Civil Veterinary Department. Madras. Admin. report 1910-25 - 1910-1925
Year: 1910
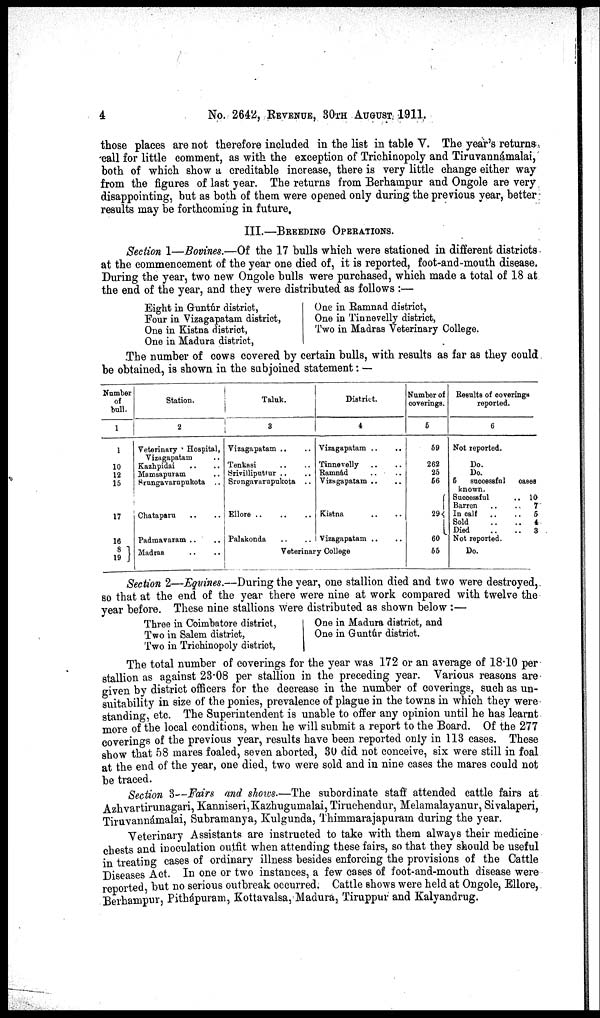
4
No. 2642, REVENUE, 30TH AUGUST 1911.
those places are not therefore included in the list in table V. The year's returns
call for little comment, as with the exception of Trichinopoly and Tiruvannámalai,
both of which show a creditable increase, there is very little change either way
from the figures of last year. The returns from Berhampur and Ongole are very
disappointing, but as both of them were opened only during the previous year, better
results may be forthcoming in future.
III.—BREEDING OPERATIONS.
Section 1—Bovines.—Of the 17 bulls which were stationed in different districts
at the commencement of the year one died of, it is reported, foot-and-mouth disease.
During the year, two new Ongole bulls were purchased, which made a total of 18 at
the end of the year, and they were distributed as follows :—
Eight in Guntúr district,
Four in Vizagapatam district,
One in Kistna district,
One in Madura district,
One in Ramnad district,
One in Tinnevelly district,
Two in Madras Veterinary College.
The number of cows covered by certain bulls, with results as far as they could
be obtained, is shown in the subjoined statement: —
Number
of
bull.
1
1
10
12
15
17
16
8
19
Station.
2
Veterinary * Hospital,
Vizagapatam ..
Kashpidai ..
Mamsapuram ..
Srungavarupukota ..
Chataparu .. ..
Padmavaram .. ..
Madras .. ..
Taluk.
3
Vizagapatam .. ..
Tenkasi .. ..
Srivilliputtur .. ..
Srungavarupukota ..
Palakonda .. ..
District.
4
Vizagapatam .. ..
Tinnevelly .. ..
Ramnad
..
..
Visagapatam .. ..
Kistna .. ..
Visagapatam .. ..
Veterinary College
Number of
coverings.
5
59
262
25
56
29
60
55
Results of coverings
reported.
6
Not reported.
Do.
Do.
5
successful
cases
known.
Successful
.. 10
Barren
..
..
7
In calf ..
..
5
Sold
..
..
4
Died
..
..
8
Not reported.
Do.
Section 2—Eqvines.—During the year, one stallion died and two were destroyed,
so that at the end of the year there were nine at work compared with twelve the
year before. These nine stallions were distributed as shown below :—
Three in Coimbatore district,
Two in Salem district,
Two in Trichinopoly district,
One in Madura district, and
One in Guntúr district.
The total number of coverings for the year was 172 or an average of 18.10 per
stallion as against 23.08 per stallion in the preceding year. Various reasons are
given by district officers for the decrease in the number of coverings, such as un-
suitability in size of the ponies, prevalence of plague in the towns in which they were
standing, etc. The Superintendent is unable to offer any opinion until he has learnt
more of the local conditions, when he will submit a report to the Board. Of the 277
coverings of the previous year, results have been reported only in 113 cases. These
show that 58 mares foaled, seven aborted, 30 did not conceive, six were still in foal
at the end of the year, one died, two were sold and in nine cases the mares could not
be traced.
Section 3—Fairs and shows.—The subordinate staff attended cattle fairs at
Azhvartirunagari, Kanniseri, Kazhugumalai, Tiruchendur, Melamalayanur, Sivalaperi,
Tiruvannámalai, Subramanya, Kulgunda, Thimmarajapuram during the year.
Veterinary Assistants are instructed to take with them always their medicine
chests and inoculation outfit when attending these fairs, so that they should be useful
in treating cases of ordinary illness besides enforcing the provisions of the Cattle
Diseases Act. In one or two instances, a few cases of foot-and-mouth disease were
reported, but no serious outbreak occurred. Cattle shows were held at Ongole, Ellore,
Berhampur, Pithápuram, Kottavalsa, Madura, Tiruppur and Kalyandrug.